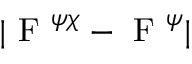
| \mathrm { ~ F ~ } ^ { \psi \chi } - \mathrm { ~ F ~ } ^ { \psi } |